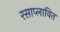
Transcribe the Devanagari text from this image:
रसाप्लावित